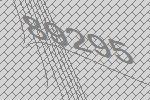
89295